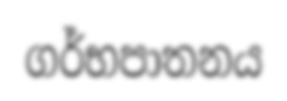
ගර්භපාතනය